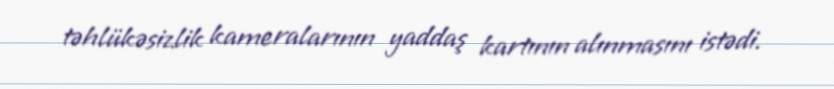
təhlükəsizlik kameralarının yaddaş kartının alınmasını istədi.